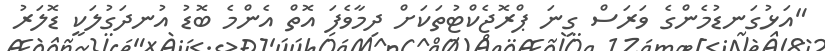
"އަޅުގަނޑުމެންގެ ވަރަސް ގިނަ ޕްރޮޖެކްޓުތަކަށް ދިމާވެފަ އޮތް އެންމެ ބޮޑު އުނދަގުލަކީ ޑޮލަރު